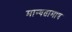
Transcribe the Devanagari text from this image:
मान्यतामात्र